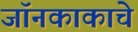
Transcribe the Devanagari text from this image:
जॉनकाकाचे